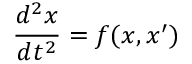
{ \frac { d ^ { 2 } x } { d t ^ { 2 } } } = f ( x , x ^ { \prime } )